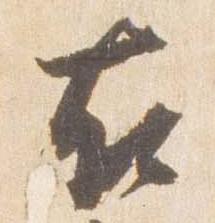
右